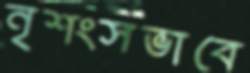
নৃশংসভাবে